Report of the Indian Hemp Drugs Commission, 1894-1895 - Volume V
Year: 1894
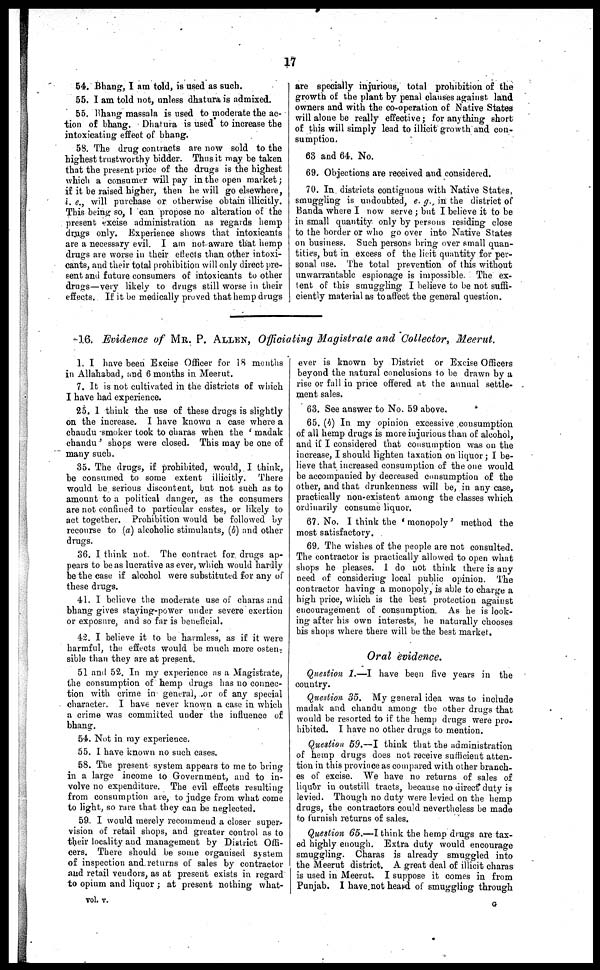
17
54. Bhang, I am told, is used as such.
55. I am told not, unless dhatura is admixed.
55. bhang massala is used to moderate the ac-
tion of bhang. Dhatura is used to increase the
intoxicating effect of bhang.
58. The drug contracts are now sold to the
highest trustworthy bidder. Thus it may be taken
that the present price of the drugs is the highest
which a consumer will pay in the open market;
if it be raised higher, then he will go elsewhere,
i. c., will purchase or otherwise obtain illicitly.
This being so, I can propose no alteration of the
present excise administration as regards hemp
drugs only. Experience shows that intoxicants
are a necessary evil. I am not aware that hemp
drugs are worse in their effects than other intoxi-
cants, and their total prohibition will only direct pre-
sent and future consumers of intoxicants to other
drugs—very likely to drugs still worse in their
effects. If it be medically proved that hemp drugs
are specially injurious, total prohibition of the
growth of the plant by penal clauses against land
owners and with the co-operation of Native States
will alone be really effective; for anything short
of this will simply lead to illicit growth and con-
sumption.
63 and 64. No.
69. Objections are received and considered.
70. In districts contiguous with Native States,
smuggling is undoubted, e. g., in the district of
Banda where I now serve; but I believe it to be
in small quantity only by persons residing close
to the border or who go over into Native States
on business. Such persons bring over small quan-
tities, but in excess of the licit quantity for per-
sonal use. The total prevention of this without
unwarrantable espionage is impossible. The ex-
tent of this smuggling I believe to be not suffi-
ciently material as to affect the general question.
16. Evidence of MR. P. ALLEN, Officiating Magistrate and Collector, Meerut.
1. I have been Excise Officer for 18 months
in Allahabad, and 6 months in Meerut.
7. It is not cultivated in the districts of which
I have had experience.
25. I think the use of these drugs is slightly
on the increase. I have known a case where a
chandu smoker took to charas when the 'madak
chandu' shops were closed. This may be one of
many such.
35. The drugs, if prohibited, would, I think,
be consumed to some extent illicitly.
There
would be serious discontent, but not such as to
amount to a political danger, as the consumers
are not confined to particular castes, or likely to
act together. Prohibition would be followed by
recourse to (a) alcoholic stimulants, (b) and other
drugs.
36. I think not. The contract for drugs ap-
pears to be as lucrative as ever, which would hardly
be the case if alcohol were substituted for any of
these drugs.
41. 1 believe the moderate use of charas and
bhang gives staying-power under severe exertion
or exposure, and so far is beneficial.
42. I believe it to be harmless, as if it were
harmful, the effects would be much more osten-
sible than they are at present.
51 and 52. In my experience as a Magistrate,
the consumption of hemp drugs has no connec-
tion with crime in general, or of any special
character. I have never known a case in which
a crime was committed under the influence of
bhang.
54. Not in my experience.
55. I have known no such cases.
58. The present system appears to me to bring
in a large income to Government, and to in-
volve no expenditure. The evil effects resulting
from consumption are, to judge from what come
to light, so rare that they can be neglected.
59. I would merely recommend a closer super-
vision of retail shops, and greater control as to
their locality and management by District Offi-
cers. There should be some organised system
of inspection and returns of sales by contractor
and retail vendors, as at present exists in regard
to opium and liquor; at present nothing what-
vol. v.
ever is known by District or Excise Officers
beyond the natural conclusions to be drawn by a
rise or fall in price offered at the annual settle-
ment sales.
63. See answer to No. 59 above.
65. (b) In my opinion excessive consumption
of all hemp drugs is more injurious than of alcohol,
and if I considered that consumption was on the
increase, I should lighten taxation on liquor; I be-
lieve that increased consumption of the one would
be accompanied by decreased consumption of the
other, and that drunkeuness will be, in any case,
practically non-existent among the classes which
ordinarily consume liquor.
67. No. I think the 'monopoly' method the
most satisfactory.
69, The wishes of the people are not consulted.
The contractor is practically allowed to open what
shops he pleases. I do not think there is any
need of considering local public opinion. The
contractor having a monopoly, is able to charge a
high price, which is the best protection against
encouragement of consumption. As he is look-
ing after his own interests, he naturally chooses
his shops where there will be the best market.
Oral evidence.
Question 1.—I have been five years in the
country.
Question. 35.
My general idea was to include
madak and chandu among the other drugs that
would be resorted to if the hemp drugs were pro-
hibited. I have no other drugs to mention.
Question 59.—I think that the administration
of hemp drugs does not receive sufficient atten-
tion in this province as compared with other branch-
es of excise. We have no returns of sales of
liquor in outstill tracts, because no direct duty is
levied. Though no duty wore levied on the hemp
drugs, the contractors could nevertheless be made
to furnish returns of sales.
Question 65.—I think the hemp drugs are tax-
ed highly enough. Extra duty would encourage
smuggling. Charas is already smuggled into
the Meerut district. A great deal of illicit charas
is used in Meerut. I suppose it comes in from
Punjab. I have not heald of smuggling through
G